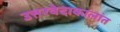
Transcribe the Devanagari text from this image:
उत्तरवेदाकालांत